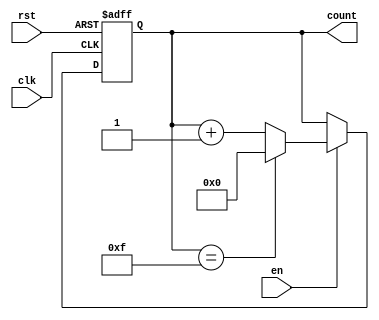
module binary_counter (
    input rst, // reset signal
    input clk, // clock signal
    input en, // enable signal
    output reg [3:0] count // output count value
);

reg [3:0] reg_count;

always @(posedge clk or posedge rst) begin
    if (rst) begin // reset condition
        reg_count <= 4'b0000;
    end else begin
        if (en) begin // enable signal
            if (reg_count == 4'b1111) begin // max count value reached, wrap around
                reg_count <= 4'b0000;
            end else begin
                reg_count <= reg_count + 1; // increment count
            end
        end
    end
end

assign count = reg_count;

endmodule